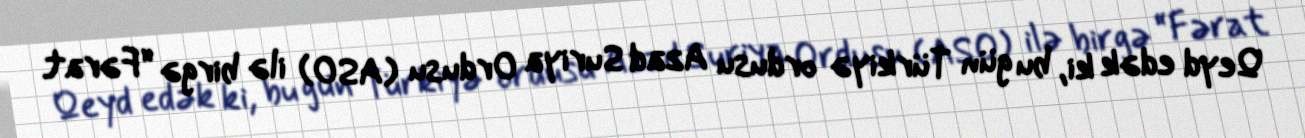
Qeyd edək ki, bu gün Türkiyə ordusu Azad Suriya Ordusu (ASO) ilə birgə “Fərat